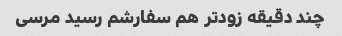
چند دقیقه زودتر هم سفارشم رسید مرسی